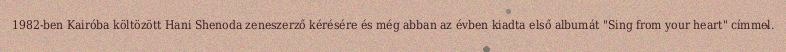
1982-ben Kairóba költözött Hani Shenoda zeneszerző kérésére és még abban az évben kiadta első albumát "Sing from your heart" címmel.